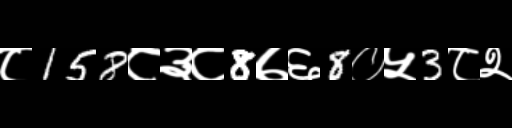
Text: ८158८३८8७६8०५3८२